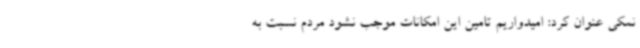
نمکی عنوان کرد: امیدواریم تامین این امکانات موجب نشود مردم نسبت به